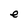
Character: e